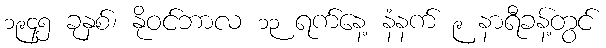
၁၉၄၅ ခုနှစ်၊ နိုဝင်ဘာလ ၁၃ ရက်နေ့ နံနက် ၉ နာရီခန့်တွင်